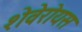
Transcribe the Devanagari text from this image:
शेवेरोयस